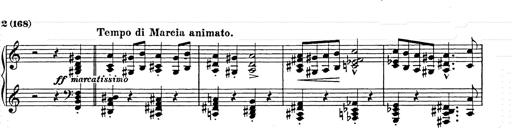
Title: Hungarian Rhapsody No.15
Composer: Franz Liszt
Key: A minor